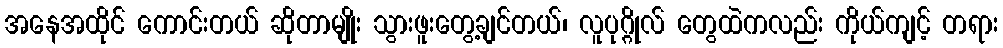
အနေအထိုင် ကောင်းတယ် ဆိုတာမျိုး သွားဖူးတွေ့ချင်တယ်၊ လူပုဂ္ဂိုလ် တွေထဲကလည်း ကိုယ်ကျင့် တရား